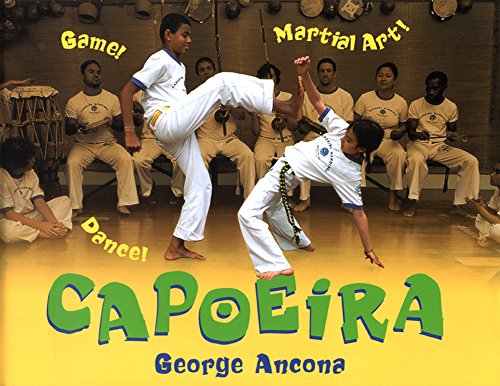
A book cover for Capoeira: Game! Dance! Martial Art!; George Ancona; Children's Books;